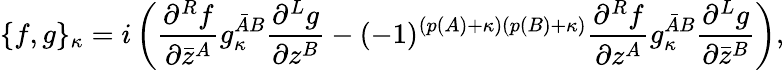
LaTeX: \{ f,g\} _{\kappa}=i\left(\frac{\partial^{R}f}{\partial\bar{z}^{A}}g_{\kappa}^{{\bar{A}}B}\frac{\partial^{L}g}{\partial z^{B}}-(-1)^{(p(A)+\kappa)(p(B)+\kappa)}\frac{\partial^{R}f}{\partial z^{A}}g_{\kappa}^{{\bar{A}}B}\frac{\partial^{L}g}{\partial\bar{z}^{B}}\right),